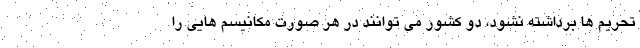
تحریم ها برداشته نشود، دو کشور می توانند در هر صورت مکانیسم هایی را